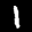
Label: 1